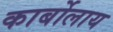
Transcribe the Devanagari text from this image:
कार्बोलाय